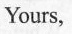
Yours,